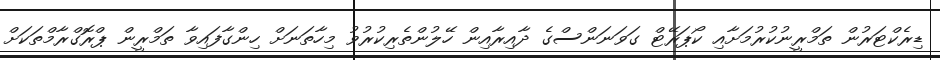
ޑިރެކްޓަރުން ތަމްރީނުކުރުމަށާއި ކޯޕަރޭޓް ގަވަނަންސްގެ ދާއިރާއިން ހޭލުންތެރިކުރުވު މިހާތަނަށް ހިންގާފައިވާ ތަމްރީން ޕްރޮގްރާމްތަކަށް